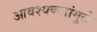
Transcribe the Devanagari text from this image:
आवश्यकतांमुळे